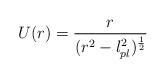
LaTeX: \begin{align*}U(r)={r \over (r^2-l^2_{pl})^{1 \over 2}}\end{align*}